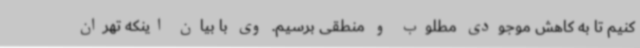
کنیم تا به کاهش موجودی مطلوب و منطقی برسیم. وی با بیان اینکه تهران